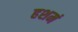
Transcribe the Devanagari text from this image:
हशमं